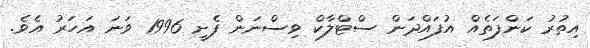
އިތުރު ކަންފަތެއް އުފައްދަން ސްޓްލާކް ވިސްނަން ފެށީ 1996 ވަނަ އަހަރު އެވެ.